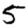
Digit: 5